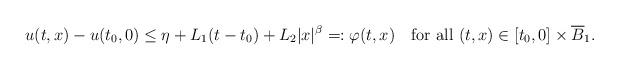
LaTeX: \begin{align*}u(t,x) - u(t_0,0) \le \eta + L_1(t-t_0) + L_2 |x|^\beta =: \varphi(t,x) \quad\mbox{for all }(t,x)\in [t_0,0]\times\overline B_1.\end{align*}